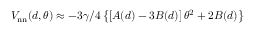
V _ { \mathrm { n n } } ( d , \theta ) \approx - 3 \gamma / 4 \left\{ \left[ A ( d ) - 3 B ( d ) \right] \theta ^ { 2 } + 2 B ( d ) \right\}